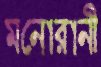
মনোরানী